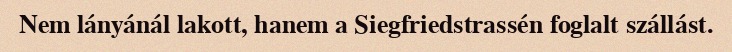
Nem lányánál lakott, hanem a Siegfriedstrassén foglalt szállást.